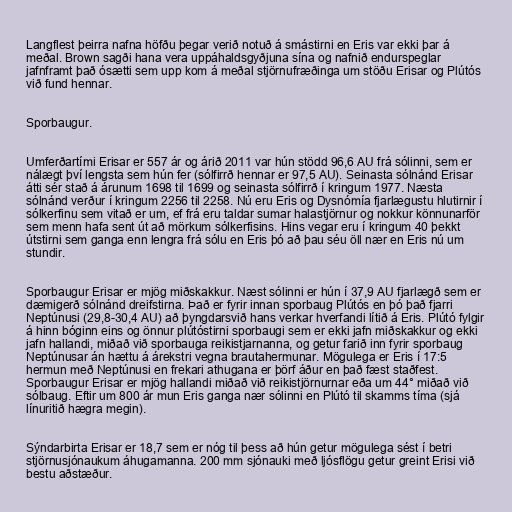
Langflest þeirra nafna höfðu þegar verið notuð á smástirni en Eris var ekki þar á
meðal. Brown sagði hana vera uppáhaldsgyðjuna sína og nafnið endurspeglar
jafnframt það ósætti sem upp kom á meðal stjörnufræðinga um stöðu Erisar og Plútós
við fund hennar.

Sporbaugur.

Umferðartími Erisar er 557 ár og árið 2011 var hún stödd 96,6 AU frá sólinni, sem er
nálægt því lengsta sem hún fer (sólfirrð hennar er 97,5 AU). Seinasta sólnánd Erisar
átti sér stað á árunum 1698 til 1699 og seinasta sólfirrð í kringum 1977. Næsta
sólnánd verður í kringum 2256 til 2258. Nú eru Eris og Dysnómía fjarlægustu hlutirnir í
sólkerfinu sem vitað er um, ef frá eru taldar sumar halastjörnur og nokkur könnunarför
sem menn hafa sent út að mörkum sólkerfisins. Hins vegar eru í kringum 40 þekkt
útstirni sem ganga enn lengra frá sólu en Eris þó að þau séu öll nær en Eris nú um
stundir.

Sporbaugur Erisar er mjög miðskakkur. Næst sólinni er hún í 37,9 AU fjarlægð sem er
dæmigerð sólnánd dreifstirna. Það er fyrir innan sporbaug Plútós en þó það fjarri
Neptúnusi (29,8-30,4 AU) að þyngdarsvið hans verkar hverfandi lítið á Eris. Plútó fylgir
á hinn bóginn eins og önnur plútóstirni sporbaugi sem er ekki jafn miðskakkur og ekki
jafn hallandi, miðað við sporbauga reikistjarnanna, og getur farið inn fyrir sporbaug
Neptúnusar án hættu á árekstri vegna brautahermunar. Mögulega er Eris í 17:5
hermun með Neptúnusi en frekari athugana er þörf áður en það fæst staðfest.
Sporbaugur Erisar er mjög hallandi miðað við reikistjörnurnar eða um 44° miðað við
sólbaug. Eftir um 800 ár mun Eris ganga nær sólinni en Plútó til skamms tíma (sjá
línuritið hægra megin).

Sýndarbirta Erisar er 18,7 sem er nóg til þess að hún getur mögulega sést í betri
stjörnusjónaukum áhugamanna. 200 mm sjónauki með ljósflögu getur greint Erisi við
bestu aðstæður.